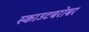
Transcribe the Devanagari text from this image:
स्काउटबरोबर